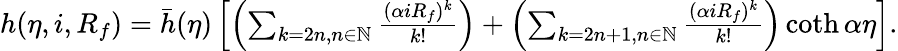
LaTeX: \begin{array}{r}{h(\eta,i,R_{f})=\bar{h}(\eta)\left[\left(\sum_{k=2n,n\in\mathbb{N}}\frac{(\alpha iR_{f})^{k}}{k!}\right)+\left(\sum_{k=2n+1,n\in\mathbb{N}}\frac{(\alpha iR_{f})^{k}}{k!}\right)\coth{\alpha\eta}\right].}\end{array}